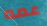
عمه